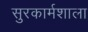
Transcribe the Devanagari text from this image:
सुरकार्मशाला